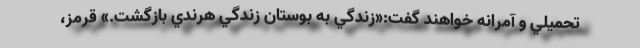
تحميلي و آمرانه خواهند گفت:«زندگي به بوستان زندگي هرندي بازگشت.» قرمز،